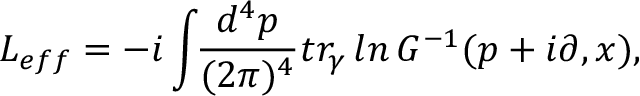
{ \cal L } _ { e f f } = - i \int \! \! { \frac { d ^ { 4 } p } { ( 2 \pi ) ^ { 4 } } } t r _ { \gamma } \, l n \, G ^ { - 1 } ( p + i \partial , x ) ,